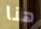
هنا